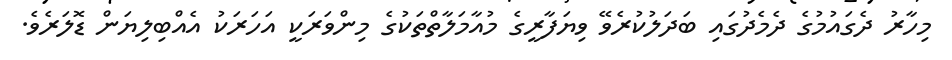
މިހާރު ދެގައުމުގެ ދެމެދުގައި ބަދަލުކުރެވޭ ވިޔަފާރީގެ މުއާމަލާތްތަކުގެ މިންވަރަކީ އަހަރަކު އެއްބިލިޔަން ޑޮލަރެވެ.